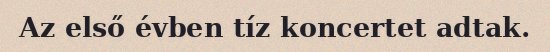
Az első évben tíz koncertet adtak.